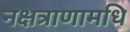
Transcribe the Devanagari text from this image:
नक्षत्राणामधि